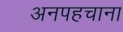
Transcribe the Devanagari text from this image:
अनपहचाना